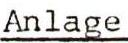
Anlage